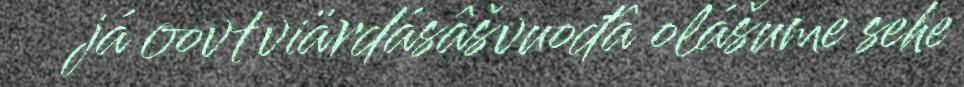
já oovtviärdásâšvuođâ olášume sehe